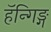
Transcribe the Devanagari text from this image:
हॅन्गिङ्ग